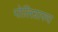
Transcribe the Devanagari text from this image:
पोलिग्राफ्य